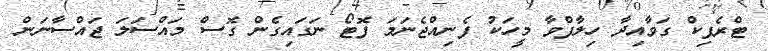
ޓްރެފިކް ގަވާއިދާ ހިލާފްވާ މީހަކު ފެނިއްޖެނަމަ ފޮޓޯ ނަގައިގެން ގޮސް މައްސަލަ ޖައްސާނަން